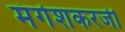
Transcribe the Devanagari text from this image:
मंगेशकरजी